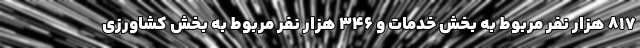
817 هزار نفر مربوط به بخش خدمات و 346 هزار نفر مربوط به بخش کشاورزی